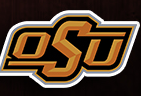
OSU